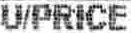
U/PRICE